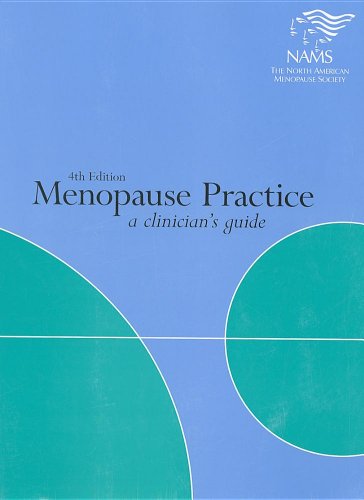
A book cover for Menopause Practice: A Clinician's Guide; The North American Menopause Society; Health, Fitness & Dieting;